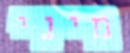
מיני